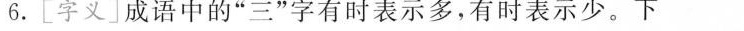
6.[字义」成语中的”三”字有时表示多，有时表示少。下